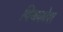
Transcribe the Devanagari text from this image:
विश्र्वकोश